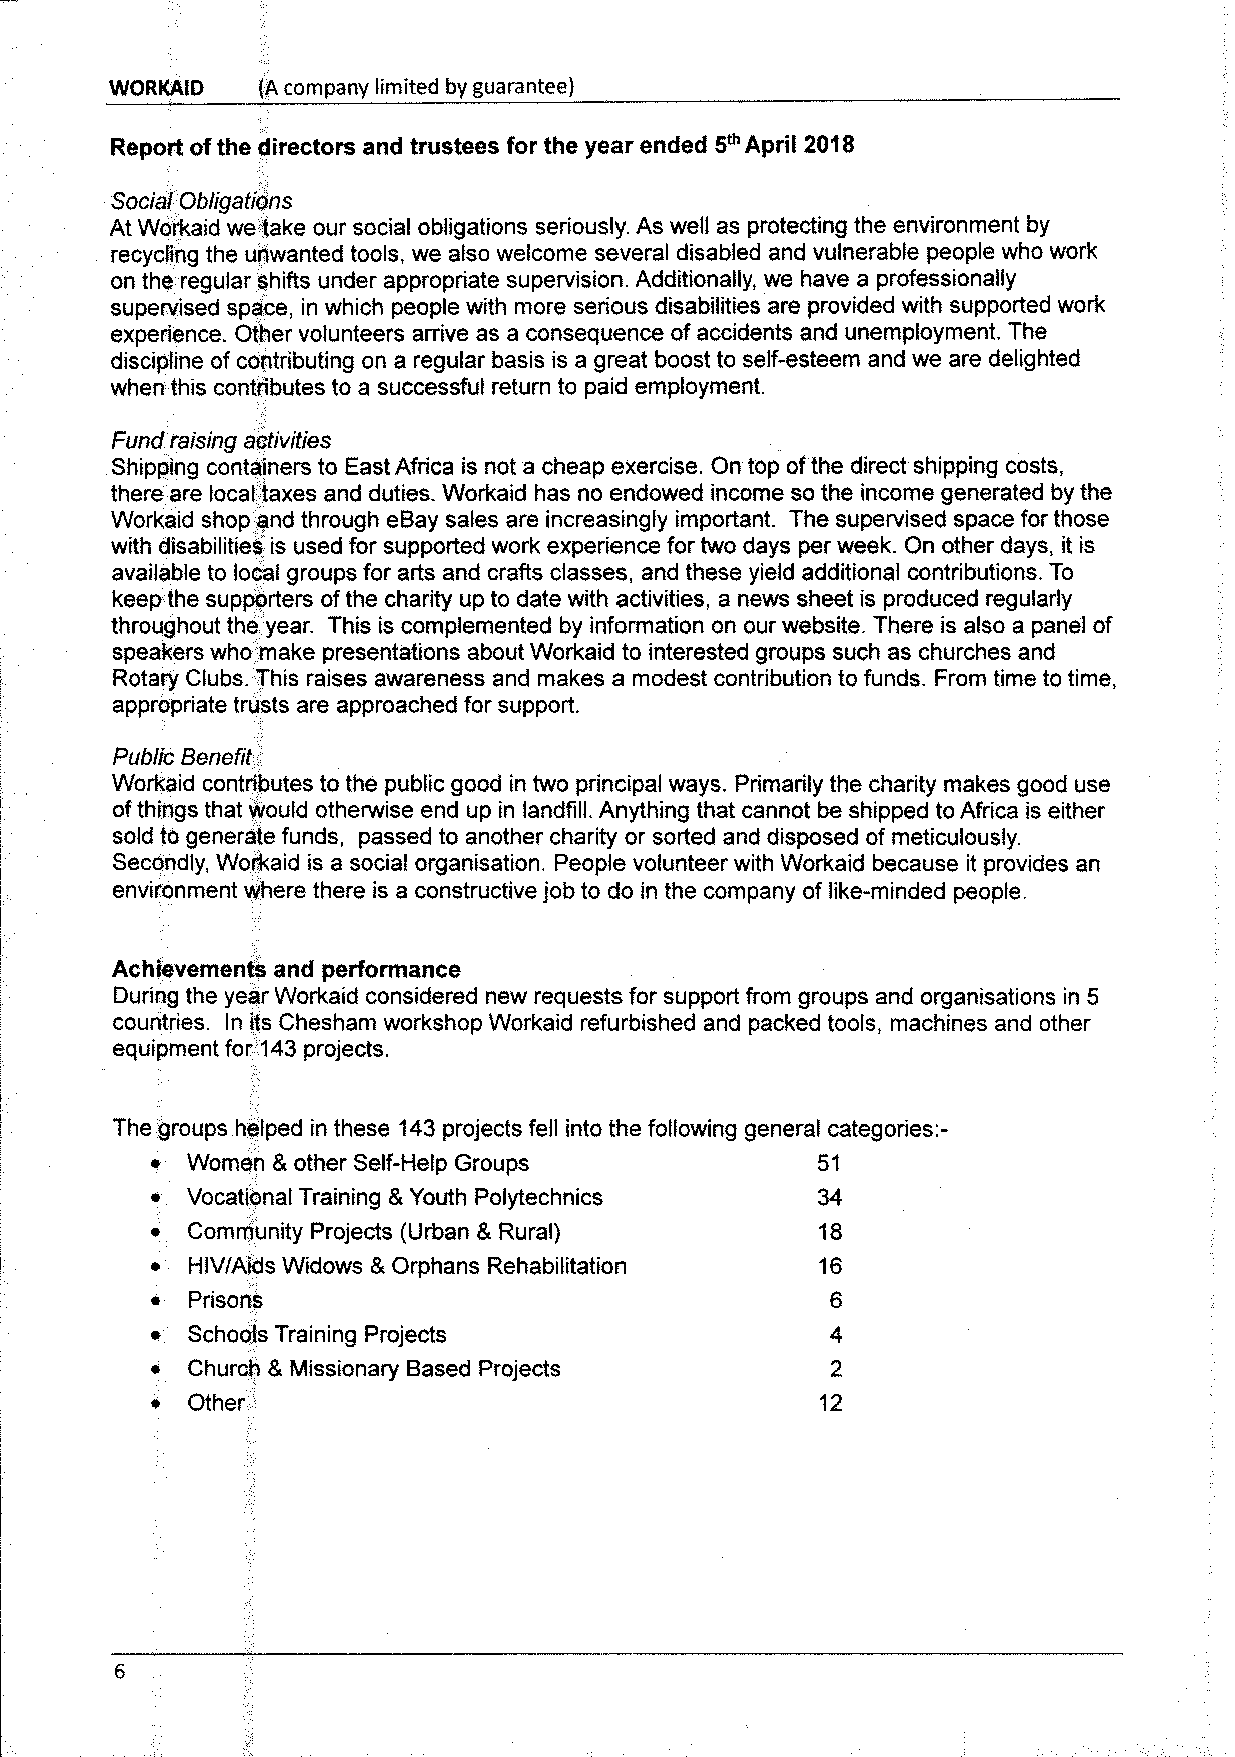
MlORKAID  (A company limited by guarantee)
 Report ofthe directors and trustees for the year ended 5~April 201S
 Social Obligations
 At Workaid we take our social obligations seriously. As well as protecting the environment by
 recycling the unwanted tools, we also welcome several disabled and vulnerable people who work
 on the regular shifts under appropriate supervision. Additionally, we have a professionally
 supervised space, in which people with more serious disabilities are provided with supported work
 experience. Other volunteers arrive as a consequence of accidents and unemployment. The
 discipline of contributing on a regular basis is a great boost to self-esteem and we are delighted
 when this contributes to a successful return to paid employment,
 Fund raising activities
 Shipping containers to East Africa is not a cheap exercise. On top ofthe direct shipping costs,
 there are local taxes and duties. Workaid has no endowed income so the income generated by the
 Workaid shop and through eBay sales are increasingly important. The supervised space for those
 with disabilities is used for supported work experience for two days per week. On other days, it is
 available to local groups for arts and crafts classes, and these yield additional contributions, To
 keep the supporters ofthe charity up to date with activities, a news sheet is produced regularly
 throughout the year. This is complemented by information on our website. There is also a panel of
 speakers who make presentations about, Workaid to interested groups such as churches and
 Rotary Clubs. This raises awareness and makes a modest contribution to funds. From time to time,
 appropriate trusts are approached for support.
 Public Benefit
 Workaid contributes to the public good in two principal ways. Primarily the charity makes good use
 ofthings that would otherwise end up in landfill. Anything that cannot be shipped to Africa is either
 sold to generate funds, passed to another charity or sorted and disposed of meticulously.
 Secondly, Workaid is a social organisation. People volunteer with Workaid because it provides an
 environment where there is a constructive job to do in the company of like-minded people.
 Achievements and performance
 Ouring the year Workaid considered new requests for support from groups and organisations in 5
 countries. In its Chesham workshop Workaid refurbished and packed tools, machines and other
 equipment for 143projects.
 The groups helped in these 143projects fell into the following general categories:-
 ~ Women 8 other Self-Help Groups            51
 Vocational Training 8 Youth Polytechnics  34
 Community Projects {Urban 8 Rural)        18
 HIV/Aids Widows 8 Orphans Rehabilitation  16
 Prisons                                    6
 Schools Training Projects
 Church 8 Missionary Based Projects         2
 Other                                     12